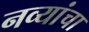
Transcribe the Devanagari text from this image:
नव्यांचा